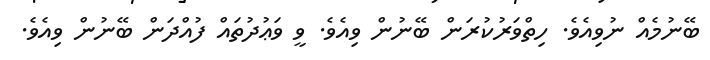
ބޭނުމެއް ނުވިއެވެ. ހިތްވަރުކުރަން ބޭނުން ވިއެވެ. ވީ ވަޢުދުތައް ފުއްދަން ބޭނުން ވިއެވެ.